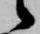
候